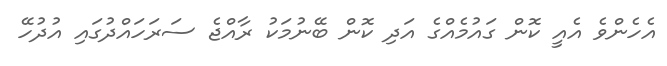
އެހެންވެ އެއީ ކޮން ގައުމެއްގެ އަދި ކޮން ބޭނުމަކު ރާއްޖެ ސަރަހައްދުގައި އުދުހޭ